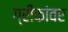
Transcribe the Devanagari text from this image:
ग्रीकांवर